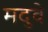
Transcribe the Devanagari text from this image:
मदुवे